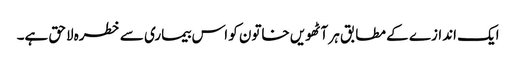
ایک اندازے کے مطابق ہر آٹھویں خاتون کو اس بیماری سے خطرہ لاحق ہے۔